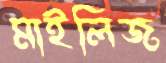
মাইলিজ